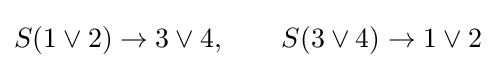
S(1\lor 2)\to 3\lor 4,\qquad S(3\lor 4)\to 1\lor 2